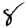
Digit: 8